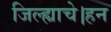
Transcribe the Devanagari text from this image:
जिल्ह्याचे।हन